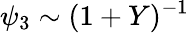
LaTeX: \psi_{3}\sim(1+Y)^{-1}